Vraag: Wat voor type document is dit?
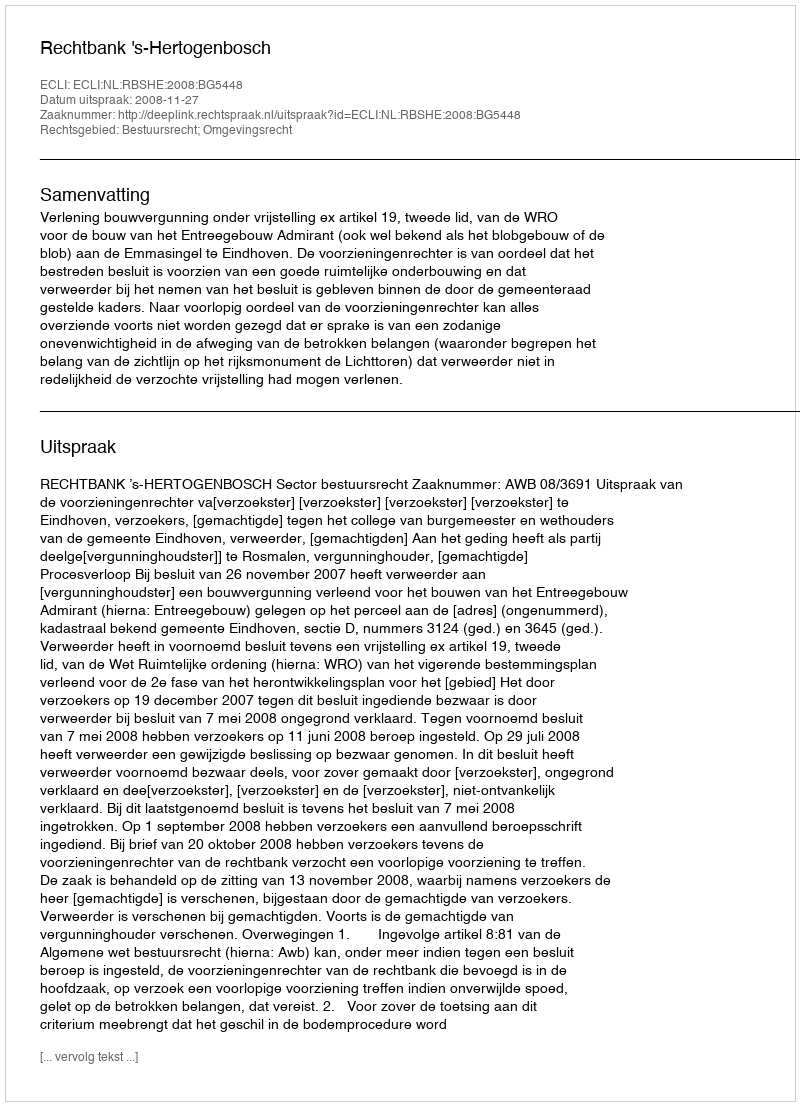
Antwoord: Uitspraak